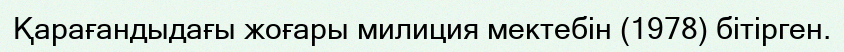
Қарағандыдағы жоғары милиция мектебін (1978) бітірген.